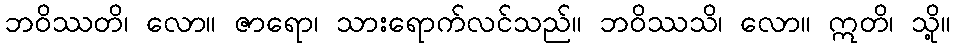
ဘဝိဿတိ၊ လော။ ဇာရော၊ သားရောက်လင်သည်။ ဘဝိဿသိ၊ လော။ ဣတိ၊ သို့။